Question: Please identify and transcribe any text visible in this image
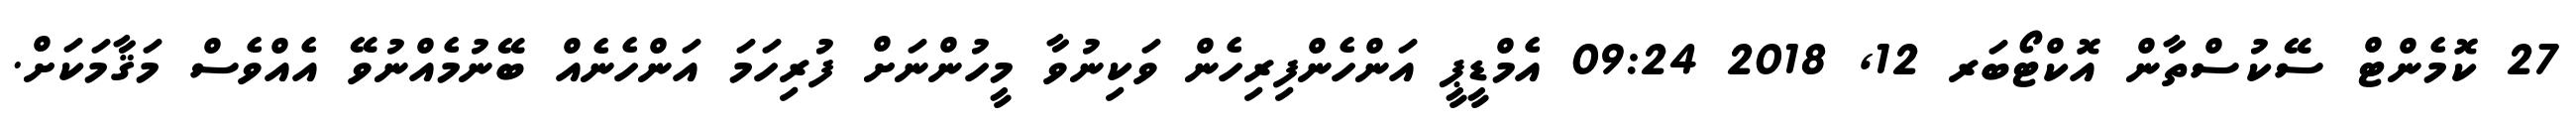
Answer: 27 ކޮމެންޓް ސޭކުސްތާން އޮކްޓޯބަރ 12, 2018 09:24 އެމްޑީޕީ އަންހެންފިރިހެން ވަކިނުވާ މީހުންނަށް ފުރިހަމަ އަންހެނެއް ބޭނުމެއްނުވޭ އެއްވެސް މަޤާމަކަށް.